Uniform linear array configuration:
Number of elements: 64
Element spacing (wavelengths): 0.75
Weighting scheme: kaiser
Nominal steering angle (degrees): -60
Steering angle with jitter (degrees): -58.342
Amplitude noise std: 0.05
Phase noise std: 0.05

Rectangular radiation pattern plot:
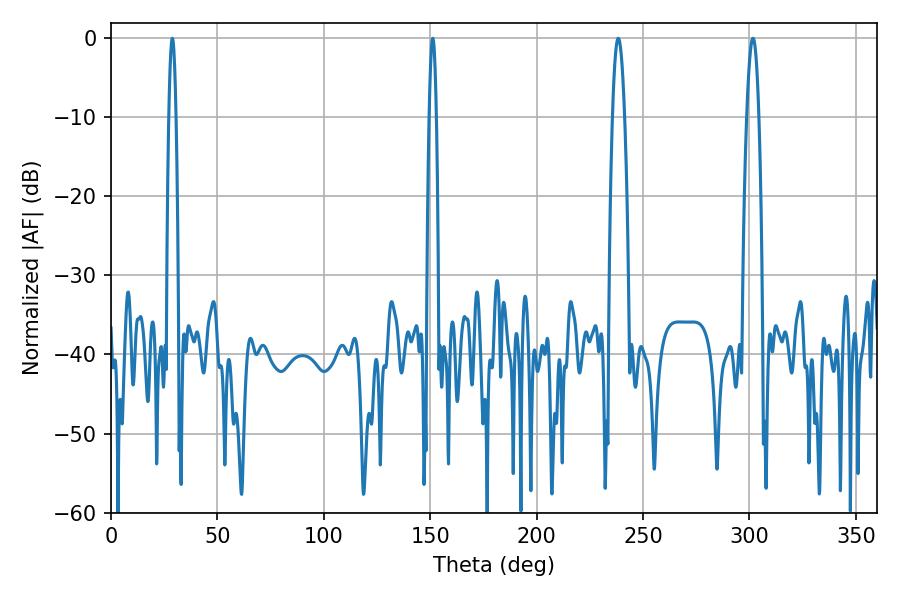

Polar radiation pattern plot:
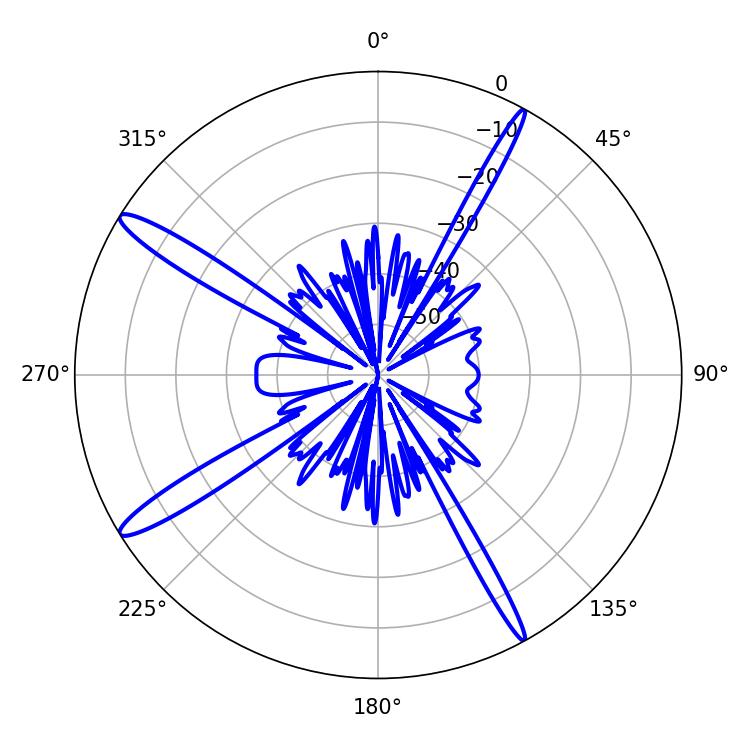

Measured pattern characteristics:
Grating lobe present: TRUE
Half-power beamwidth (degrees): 3.06
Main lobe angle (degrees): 238.32